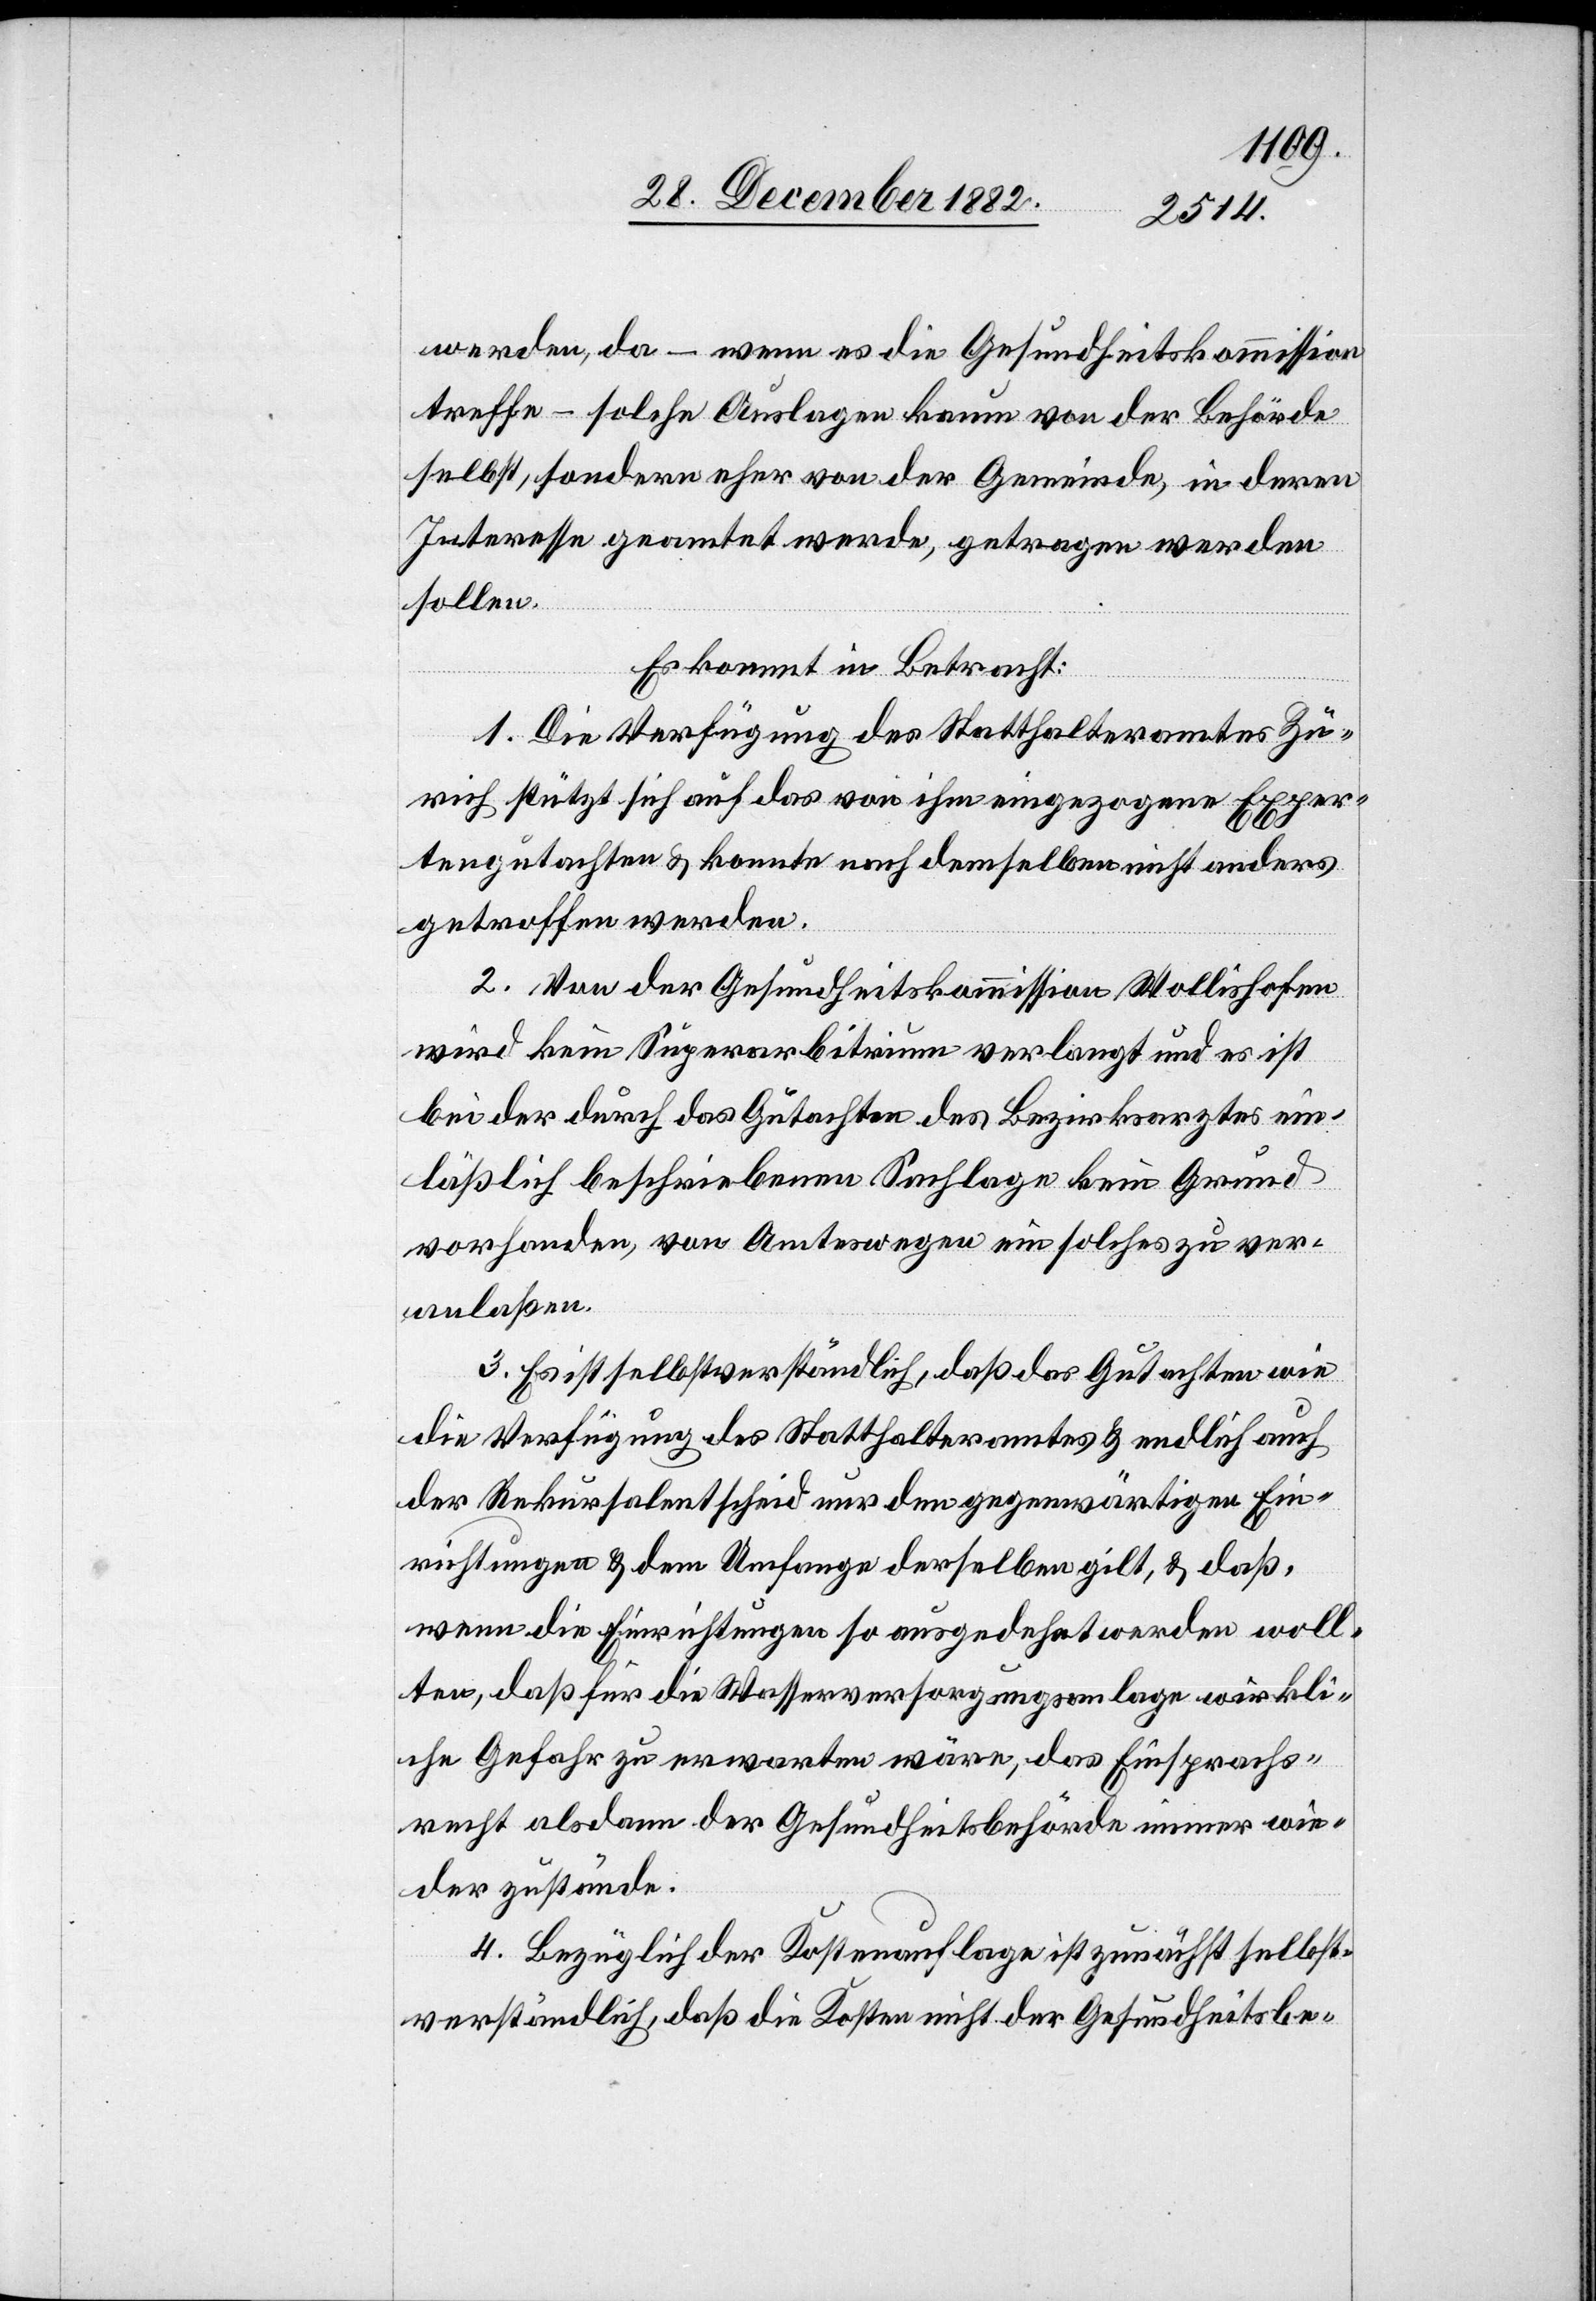
werden, da – wenn es die Gesundheitskommission
treffe – solche Auslagen kaum von der Behörde
selbst, sondern eher von der Gemeinde, in deren
Interesse geamtet werde, getragen werden
sollen.
Es kommt in Betracht:
1. Die Verfügung des Statthalteramtes Zü¬
rich stützt sich auf das von ihm eingezogene Exper¬
tengutachten & es konnte nach demselben nicht anders
getroffen werden.
2. Von der Gesundheitskommission Wollishofen
wird kein Superarbitrium verlangt und es ist
bei der durch das Gutachten des Bezirksarztes ein¬
läßlich beschriebenen Sachlage kein Grund
vorhanden, von Amtswegen ein solches zu ver¬
anlaßen.
3. Es ist selbstverständlich, daß das Gutachten wie
die Verfügung des Statthalteramtes & endlich auch
der Rekursalentscheid nur den gegenwärtigen Ein¬
richtungen & dem Umfange derselben gilt, & daß,
wenn die Einrichtungen so ausgedehnt werden woll¬
ten, daß für die Wasserversorgungsanlage wirkli¬
che Gefahr zu erwarten wäre, das Einsprachs¬
recht alsdann der Gesundheitsbehörde immer wie¬
der zustände.
4. Bezüglich der Kostenauflage ist zunächst selbst¬
verständlich, daß die Kosten nicht der Gesundheitsbe-